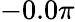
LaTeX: -0.0\pi